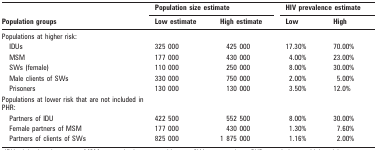
<table><thead><tr><td rowspan="2"><b>Population groups</b></td><td colspan="2"><b>Population size estimate</b></td><td colspan="2"><b>HIV prevalence estimate</b></td></tr><tr><td><b>Low estimate</b></td><td><b>High estimate</b></td><td><b>Low</b></td><td><b>High</b></td></tr></thead><tbody><tr><td>Populations at higher risk:</td><td></td><td></td><td></td><td></td></tr><tr><td>IDUs</td><td>325 000</td><td>425 000</td><td>17.30%</td><td>70.00%</td></tr><tr><td>MSM</td><td>177 000</td><td>430 000</td><td>4.00%</td><td>23.00%</td></tr><tr><td>SWs (female)</td><td>110 000</td><td>250 000</td><td>8.00%</td><td>30.00%</td></tr><tr><td>Male clients of SWs</td><td>330 000</td><td>750 000</td><td>2.00%</td><td>5.00%</td></tr><tr><td>Prisoners</td><td>130 000</td><td>130 000</td><td>3.50%</td><td>12.0%</td></tr><tr><td>Populations at lower risk that are not included in PHR:</td><td></td><td></td><td></td><td></td></tr><tr><td>Partners of IDU</td><td>422 500</td><td>552 500</td><td>8.00%</td><td>30.00%</td></tr><tr><td>Female partners of MSM</td><td>177 000</td><td>430 000</td><td>1.30%</td><td>7.60%</td></tr><tr><td>Partners of clients of SWs</td><td>825 000</td><td>1 875 000</td><td>1.16%</td><td>2.00%</td></tr></tbody></table>